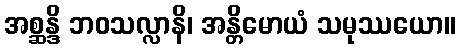
အစ္ဆန္ဒိ ဘဝသလ္လာနိ၊ အန္တိမောယံ သမုဿယော။